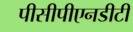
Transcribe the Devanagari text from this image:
पीसीपीएनडीटी